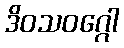
ဒိဝသဝဂ္ဂေါ